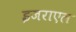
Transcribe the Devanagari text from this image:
इजराएल